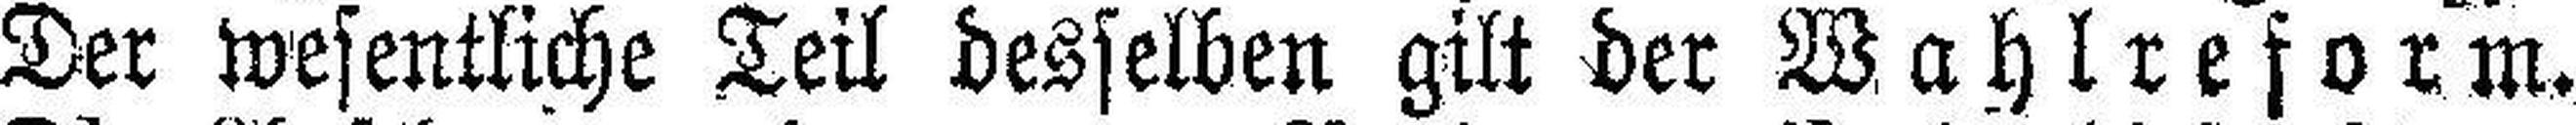
Der wesentliche Teil desselben gilt der WahIreform.